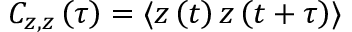
C _ { z , z } \left( \tau \right) = \langle z \left( t \right) z \left( t + \tau \right) \rangle